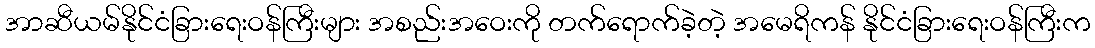
အာဆီယမ်နိုင်ငံခြားရေးဝန်ကြီးများ အစည်းအဝေးကို တက်ရောက်ခဲ့တဲ့ အမေရိကန် နိုင်ငံခြားရေးဝန်ကြီးက